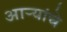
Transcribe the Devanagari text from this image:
आर्‍यांचे